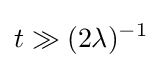
t\gg (2\lambda )^{-1}